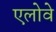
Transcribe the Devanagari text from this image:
एलोवे